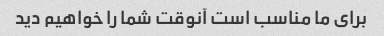
برای ما مناسب است آنوقت شما را خواهیم دید